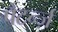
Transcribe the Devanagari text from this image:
पैटर्न्ज़